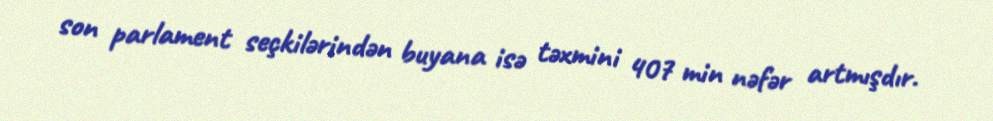
son parlament seçkilərindən buyana isə təxmini 407 min nəfər artmışdır.